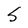
Character: S